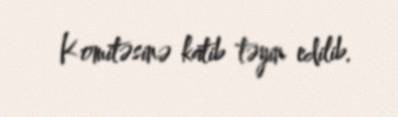
Komitəsinə katib təyin edilib.